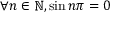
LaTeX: \forall n \in \mathbb { N } , \sin n \pi = 0